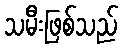
သမီးဖြစ်သည်